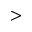
>